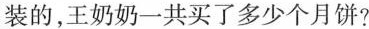
1.超市的月饼有4个装和6个装两种不同的